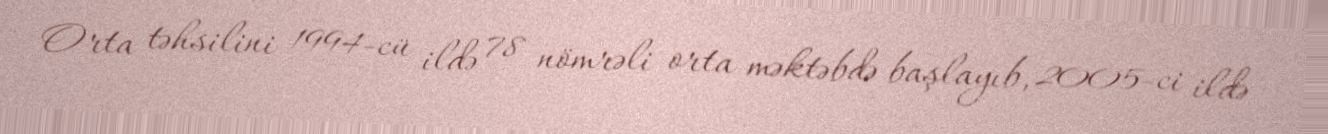
Orta təhsilini 1994-cü ildə 78 nömrəli orta məktəbdə başlayıb, 2005-ci ildə